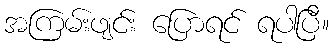
အကြမ်းဖျင်း ပြောရင် ရပါပြီ။